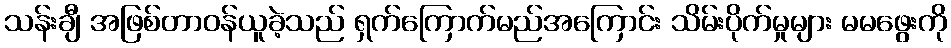
သန်းချီ အဖြစ်တာဝန်ယူခဲ့သည် ရှက်ကြောက်မည်အကြောင်း သိမ်းပိုက်မှုများ မမဖွေးကို